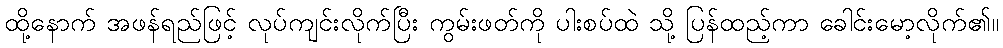
ထို့နောက် အဖန်ရည်ဖြင့် လုပ်ကျင်းလိုက်ပြီး ကွမ်းဖတ်ကို ပါးစပ်ထဲ သို့ ပြန်ထည့်ကာ ခေါင်းမော့လိုက်၏။